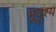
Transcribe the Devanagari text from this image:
भूदॄश्य